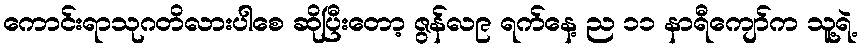
ကောင်းရာသုဂတိလားပါစေ ဆိုပြီးတော့ ဇွန်လ၉ ရက်နေ့ ည ၁၁ နာရီကျော်က သူ့ရဲ့